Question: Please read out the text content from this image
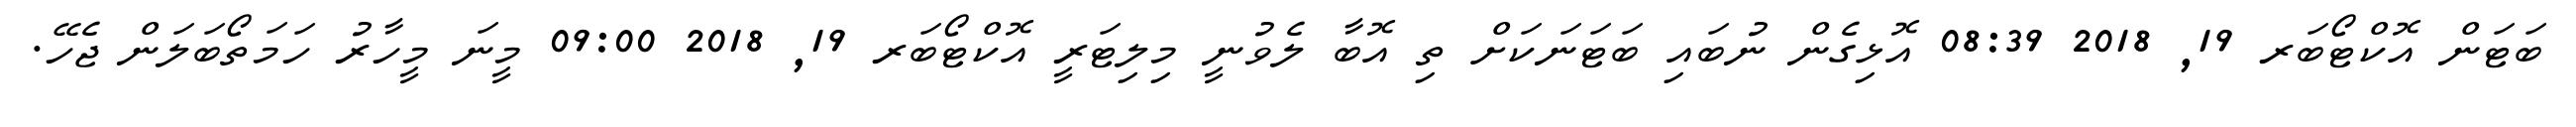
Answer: ބަޓަން އޮކްޓޯބަރ 19, 2018 08:39 އޮޅިގެން ނުބައި ބަޓަނަކަށް ތި އޮބާ ލެވުނީ މިލިޓަރީ އޮކްޓޯބަރ 19, 2018 09:00 މީނަ މީހާރު ހަމަތޯބަލަން ޖެހޭ.